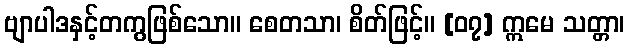
ဗျာပါဒနှင့်တကွဖြစ်သော။ စေတသာ၊ စိတ်ဖြင့်။ [၀၇] ဣမေ သတ္တာ၊